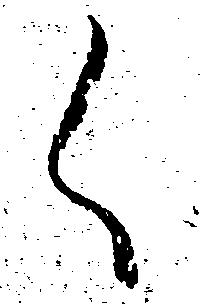
く